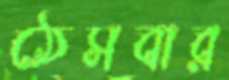
ঠেসবার